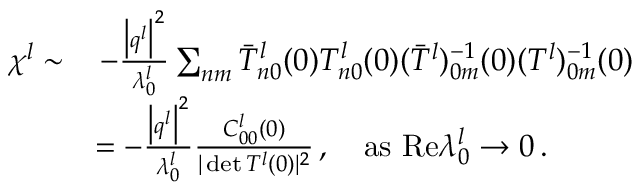
\begin{array} { r l } { \chi ^ { l } \sim } & { \, - \frac { \big \vert \boldsymbol { q } ^ { l } \big \vert ^ { 2 } } { \lambda _ { 0 } ^ { l } } \sum _ { n m } { \bar { T } _ { n 0 } ^ { l } ( 0 ) T _ { n 0 } ^ { l } ( 0 ) ( \bar { T } ^ { l } ) _ { 0 m } ^ { - 1 } ( 0 ) ( T ^ { l } ) _ { 0 m } ^ { - 1 } ( 0 ) } } \\ & { = - \frac { \big \vert \boldsymbol { q } ^ { l } \big \vert ^ { 2 } } { \lambda _ { 0 } ^ { l } } \frac { C _ { 0 0 } ^ { l } ( 0 ) } { \vert \operatorname* { d e t } T ^ { l } ( 0 ) \vert ^ { 2 } } \, , ~ ~ ~ \mathrm { a s } ~ \mathrm { R e } \lambda _ { 0 } ^ { l } \rightarrow 0 \, . } \end{array}